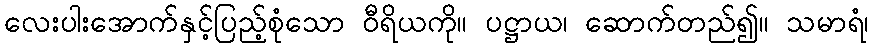
လေးပါးအောက်နှင့်ပြည့်စုံသော ဝီရိယကို။ ပဋ္ဌာယ၊ ဆောက်တည်၍။ သမာရံ၊